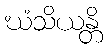
ဃံသိယန္တိ